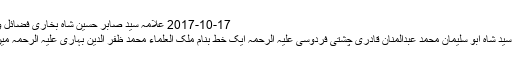
2017-10-17 علامہ سید صابر حسین شاہ بخاری فضائل و مناقب 591
مولانا مولوی سید شاہ ابو سلیمان محمد عبدالمنان قادری چشتی فردوسی علیہ الرحمہ ایک خط بنام ملک العلماء محمد ظفر الدین بہاری علیہ الرحمہ میں لکھتے ہیں:۔